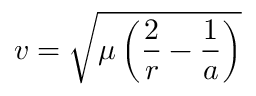
v = { \sqrt { \mu \left( { \frac { 2 } { r } } - { \frac { 1 } { a } } \right) } }